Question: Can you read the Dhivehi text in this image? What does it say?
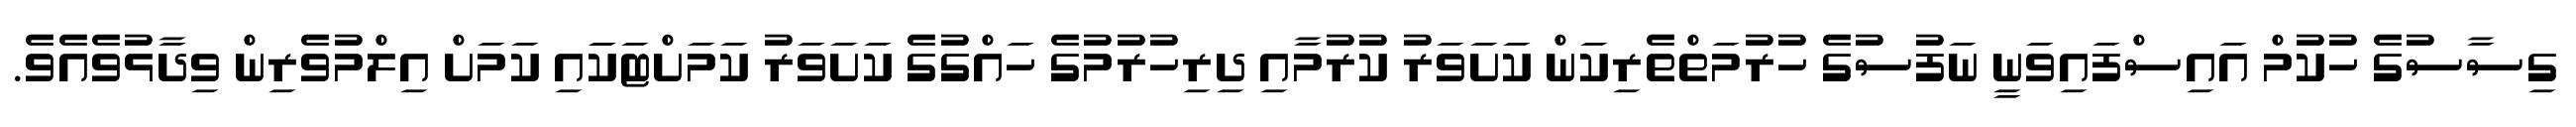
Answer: ގިސާސުގެ ހުކުމް އައިސްފައިވަނީ ނަފުސުގެ ހުރުމަތްތެރިކަން ކަށަވަރު ކުރުމާއި ދިރިހުރުމުގެ ހައްގުގެ ކަށަވަރު ކަމަށްޓަކަައި ކަމަށް އިލްމުވެރިން ވިދާޅުވެއެވެ.